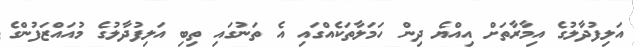
އަލިފުދާލުގެ އިމާރާތަށް އިއްޔެ ދިން ހަމަލާތަކެއްގައި އެ ތަނުގައި ތިބި އަލިފުދާލުގެ މުއައްޒަފުންގެ